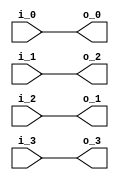
module premuat3_4(
      
               i_0,
               i_1,
               i_2,
               i_3,
               
               o_0,
               o_1,
               o_2,
               o_3
);

// ********************************************
//                                             
//    INPUT / OUTPUT DECLARATION                                               
//                                                                             
// ********************************************

input  signed  [27:0]   i_0;
input  signed  [27:0]   i_1;
input  signed  [27:0]   i_2;
input  signed  [27:0]   i_3;

output  signed [27:0]   o_0;
output  signed [27:0]   o_1;
output  signed [27:0]   o_2;
output  signed [27:0]   o_3;

// ********************************************
//                                             
//    Combinational Logic                      
//                                             
// ********************************************
assign  o_0=i_0;
assign  o_1=i_2;
assign  o_2=i_1;
assign  o_3=i_3;

endmodule